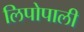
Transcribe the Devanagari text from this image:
लिपोपाली